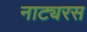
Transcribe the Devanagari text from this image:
नाट्यरस